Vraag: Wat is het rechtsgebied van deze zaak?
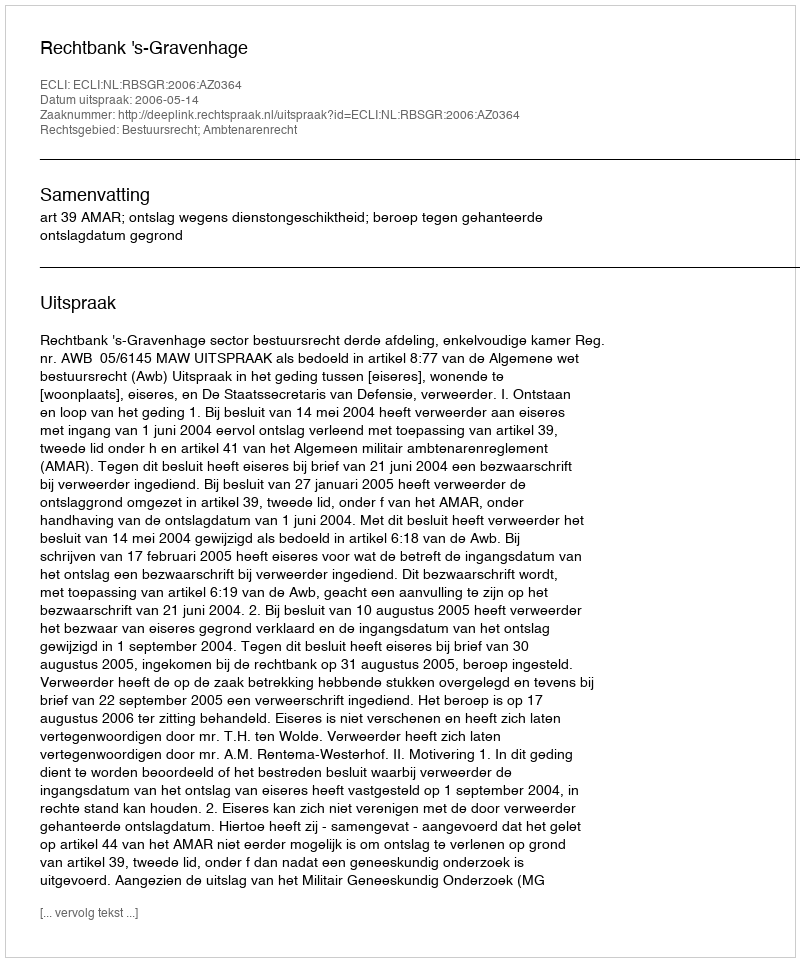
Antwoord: Bestuursrecht; Ambtenarenrecht